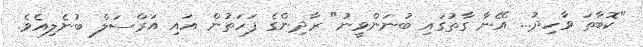
"ކޮބާތަ ވާހިދު... އޭނާ ގާތުގައި ބުނަންވީނު" ރާދިންގެ ފަހަތުން އައި އަރްސަލް ބުނެލިއެވެ.